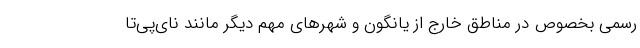
رسمی بخصوص در مناطق خارج از یانگون و شهرهای مهم دیگر مانند نای‌پی‌تا